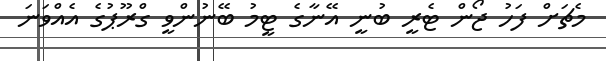
މެޗަށް ފަހު ޖޯން ޓެރީ ބުނީ އޭނާގެ ޓީމު ބޭނުންވީ ގްރޫޕުގެ އެއްވަނަ